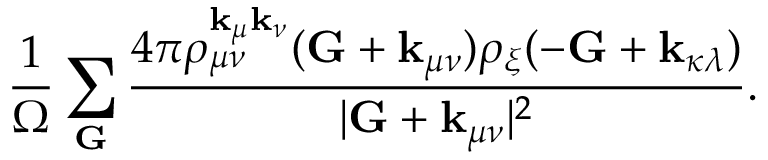
\frac { 1 } { \Omega } \sum _ { \mathbf { G } } \frac { 4 \pi \rho _ { \mu \nu } ^ { \mathbf { k } _ { \mu } \mathbf { k } _ { \nu } } ( \mathbf { G } + \mathbf { k } _ { \mu \nu } ) \rho _ { \xi } ( - \mathbf { G } + \mathbf { k } _ { \kappa \lambda } ) } { | \mathbf { G } + \mathbf { k } _ { \mu \nu } | ^ { 2 } } .